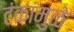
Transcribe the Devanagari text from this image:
टंकांमुळे